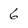
Character: 6